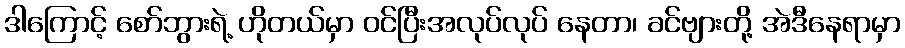
ဒါကြောင့် စော်ဘွားရဲ့ ဟိုတယ်မှာ ဝင်ပြီးအလုပ်လုပ် နေတာ၊ ခင်ဗျားတို့ အဲဒီနေရာမှာ